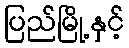
ပြည်မြို့နှင့်